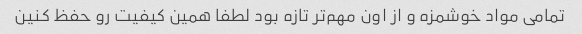
تمامی مواد خوشمزه و از اون مهم‌تر تازه بود لطفا همین کیفیت رو حفظ کنین